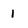
Character: 1